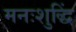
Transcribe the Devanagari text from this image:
मनःशुद्धिं